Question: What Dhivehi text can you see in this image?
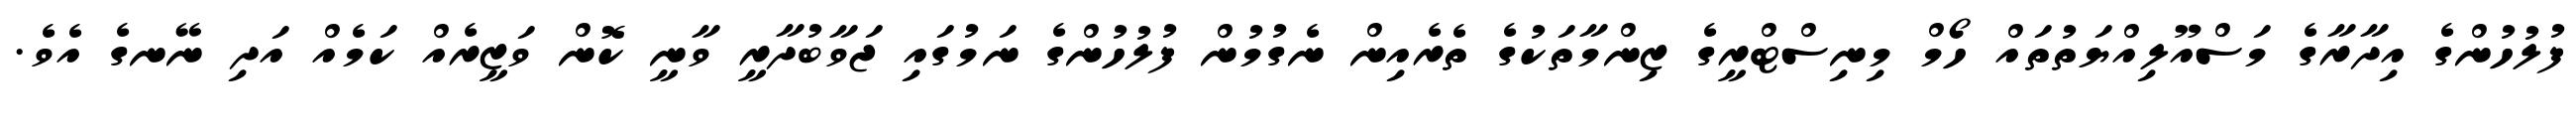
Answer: ފުލުހުންގެ އިދާރާގެ މަސްއޫލިއްޔަތުތައް ހޯމް މިނިސްޓްރީގެ ޒިންމާތަކުގެ ތެރެއިން ނެގުމުން ފުލުހުންގެ ނަމުގައި ޖަވާބުދާރީ ވާނީ ކޮން ވަޒީރެއް ކަމެއް އަދި ނޭނގެ އެވެ.